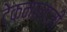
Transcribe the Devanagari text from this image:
टेकनालाजी